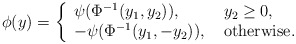
\begin{align*}\phi(y)=\left\{\begin{array}{ll}\psi(\Phi^{-1}(y_1,y_2)), & \mbox{ } y_2 \geq 0,\\- \psi(\Phi^{-1}(y_1,-y_2)), & \mbox{ otherwise}.\end{array}\right.\end{align*}